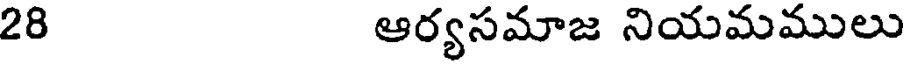
28 ఆర్యసమాజ నియమములు